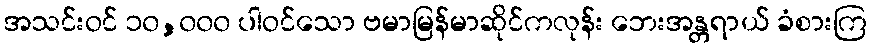
အသင်းဝင် ၁၀,၀၀၀ ပါဝင်သော ဗမာမြန်မာဆိုင်ကလုန်း ဘေးအန္တရာယ် ခံစားကြ